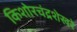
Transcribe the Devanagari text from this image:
किशोरचंद्रशेखरे